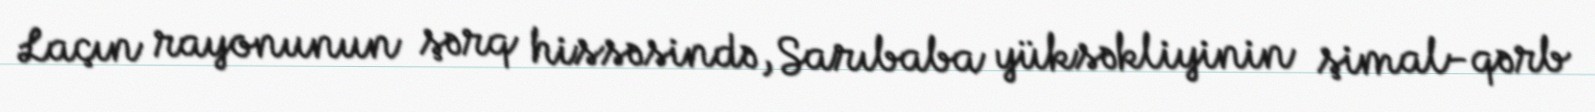
Laçın rayonunun şərq hissəsində, Sarıbaba yüksəkliyinin şimal-qərb